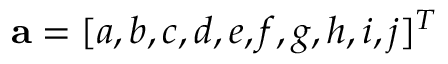
\mathbf { a } = [ a , b , c , d , e , f , g , h , i , j ] ^ { T }